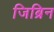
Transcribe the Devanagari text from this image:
जिब्रिन